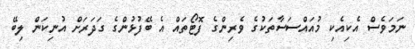
ނަމަވެސް އެކިއެކި މުއައްސަސާތަކުގެ ވެރިންގެ ފޮޓޯތައް އެ ބޭފުޅުންގެ ގަދަރަށް އުނިކަން ލިބޭ